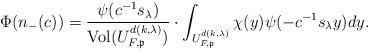
LaTeX: \begin{align*}\Phi(n_{-}(c)) = \frac{\psi( c^{-1} s_\lambda) }{\mathrm{Vol}(U^{d(k,\lambda)}_{F,\mathfrak{p}})} \cdot \int_{U^{d(k,\lambda)}_{F,\mathfrak{p}}} \chi( y) \psi(- c^{-1} s_\lambda y)dy.\end{align*}